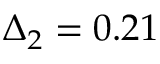
\Delta _ { 2 } = 0 . 2 1